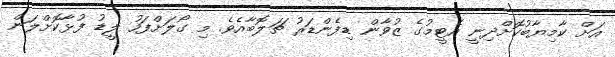
އަށް ކާމިޔާބުކޮށްދިނީ އެޓީމުގެ ޒުވާން ޑިފެންޑަރު ޗަލޮބާއެވެ. މި ގޯލަށްފަހު ލީޑު ފުޅާކޮށްލަން